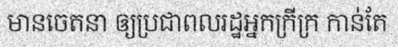
មានចេតនា ឲ្យប្រជាពលរដ្ឋអ្នកក្រីក្រ កាន់តែ